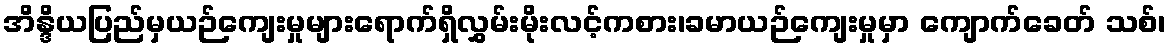
အိန္ဒိယပြည်မှယဉ်ကျေးမှုများရောက်ရှိလွှမ်းမိုးလင့်ကစား၊ခမာယဉ်ကျေးမှုမှာ ကျောက်ခေတ် သစ်၊